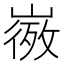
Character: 𭗒